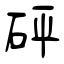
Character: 砰